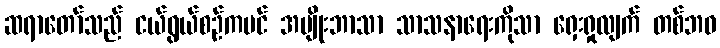
ဆရာတော်သည် ငယ်ရွယ်စဉ်ကပင် အမျိုးဘာသာ သာသနာရေးကိုသာ ရှေးရှုလျက် တစ်ဘဝ